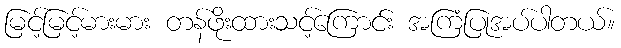
မြင့်မြင့်မားမား တန်ဖိုးထားသင့်ကြောင်း အကြံပြုအပ်ပါတယ်။